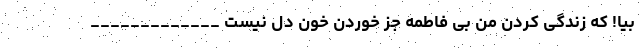
بیا! که زندگی کردن من بی فاطمه جز خوردن خون دل نیست _____________